Leaving Certificate Examination (including Day School Certificate (Higher) General paper), 1928
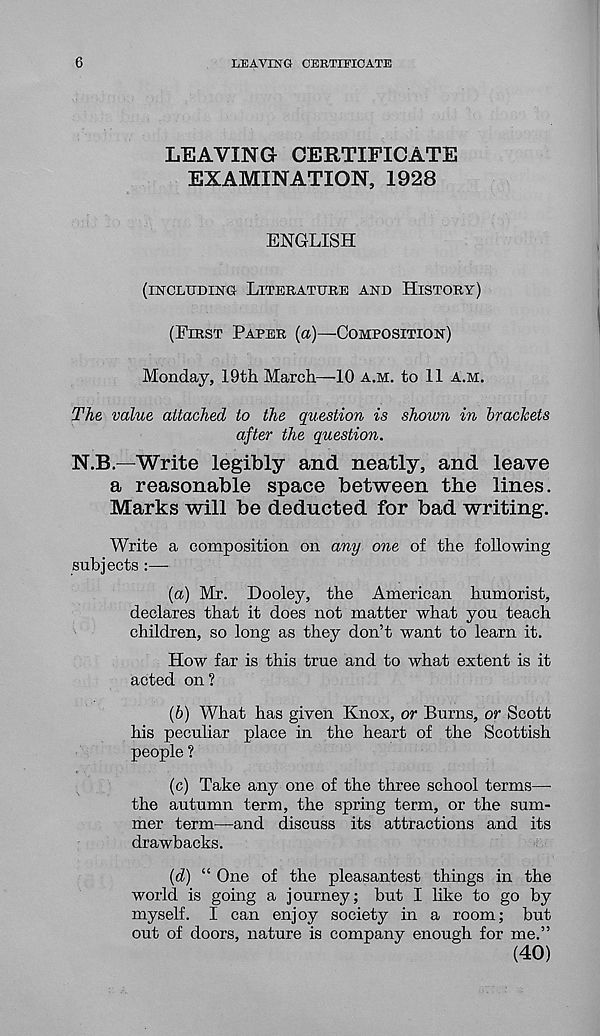
6
LEAVING CERTIFICATE
LEAVING CERTIFICATE
EXAMINATION, 1928
ENGLISH
(INCLUDING LITERATURE AND HISTORY)
(FIRST PAPER (a)—COMPOSITION)
Monday, 19th March—10 A.M. to 11 A.M.
The value attached to the question is shown in brackets
after the question.
N.B.—Write legibly and neatly, and leave
a reasonable space between the lines.
Marks will be deducted for bad writing.
Write a composition on any one of the following
subjects
(a) Mr. Dooley, the American humorist,
declares that it does not matter what you teach
children, so long as they don’t want to learn it.
How far is this true and to what extent is it
acted on?
{b) What has given Knox, or Burns, or Scott
his pecuhar place in the heart of the Scottish
people ?
(c) Take any one of the three school terms—
the autumn term, the spring term, or the sum-
mer term—and discuss its attractions and its
drawbacks.
[d) “ One of the pleasantest things in the
world is going a journey; but I like to go by
myself. I can enjoy society in a room; but
out of doors, nature is company enough for me.”
(40)